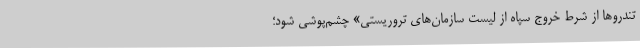
تندروها از شرط خروج سپاه از لیست سازمان‌های تروریستی» چشم‌پوشی شود؛